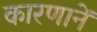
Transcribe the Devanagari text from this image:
कारणानें